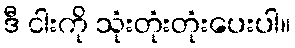
ဒီ ငါးကို သုံးတုံးတုံးပေးပါ။